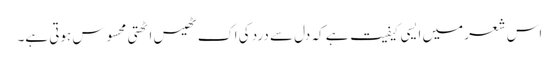
اس شعر میں ایسی کیفیت ہے کہ دل سے درد کی اک ٹھیس اٹھتی محسوس ہوتی ہے۔